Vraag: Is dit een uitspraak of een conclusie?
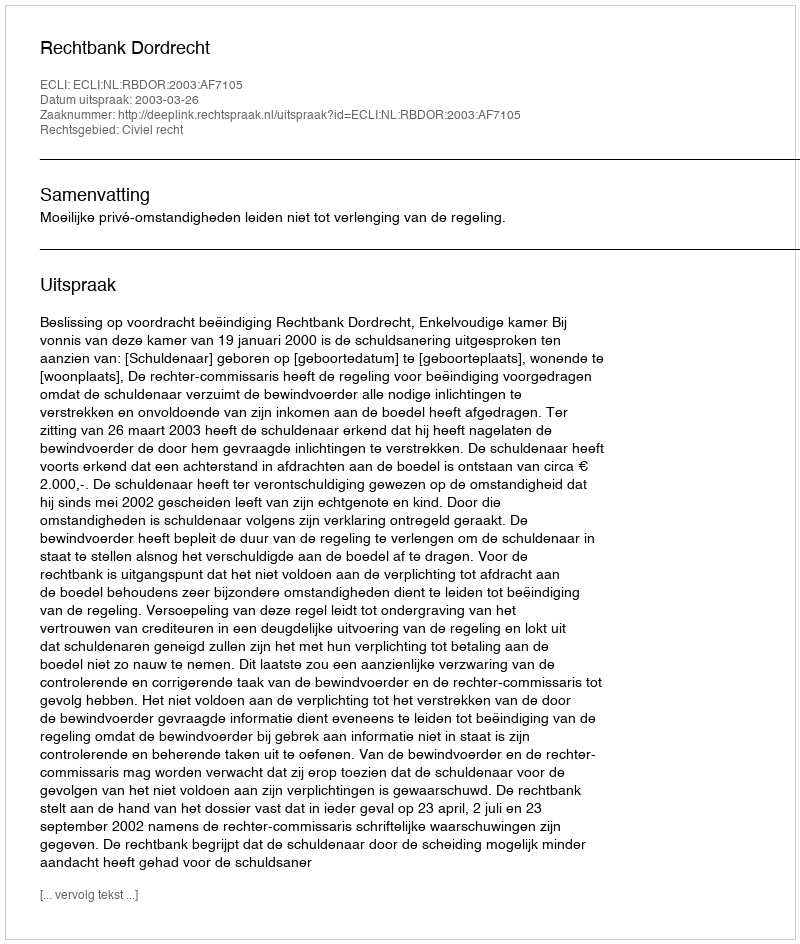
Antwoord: Uitspraak